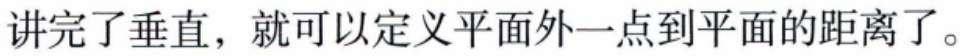
讲完了垂直，就可以定义平面外一点到平面的距离了。